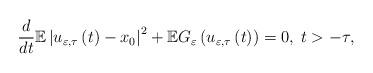
LaTeX: \begin{align*}\frac{d}{dt}\mathbb{E}\left\vert u_{\varepsilon,\tau}\left( t\right)-x_{0}\right\vert ^{2}+\mathbb{E}G_{\varepsilon}\left( u_{\varepsilon,\tau}\left( t\right) \right) =0,\;t>-\tau, \end{align*}